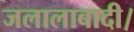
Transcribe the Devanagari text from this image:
जलालाबादी।